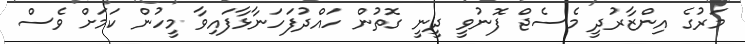
މަރުގެ އިންޒާރުދީ މެސެޖް ފޮނުވީ ދީނީ ގޮތުން ހައްދުފަހަނާޅާފައިވާ މީހުން ކަމަށް ވެސް